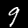
Label: 9